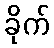
ခိုက်